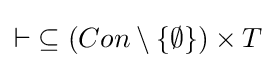
{\vdash }\subseteq (Con\setminus \lbrace \emptyset \rbrace )\times T